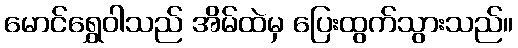
မောင်ရွှေဝါသည် အိမ်ထဲမှ ပြေးထွက်သွားသည်။